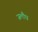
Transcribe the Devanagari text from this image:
जलौघ